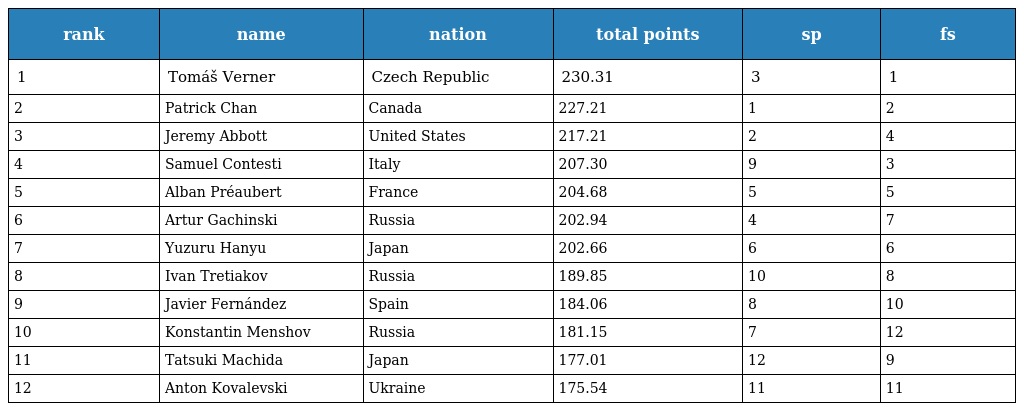
| rank | name | nation | total points | sp | fs |
 | --- | --- | --- | --- | --- | --- |
 | 1 | Tomáš Verner | Czech Republic | 230.31 | 3 | 1 |
 | 2 | Patrick Chan | Canada | 227.21 | 1 | 2 |
 | 3 | Jeremy Abbott | United States | 217.21 | 2 | 4 |
 | 4 | Samuel Contesti | Italy | 207.30 | 9 | 3 |
 | 5 | Alban Préaubert | France | 204.68 | 5 | 5 |
 | 6 | Artur Gachinski | Russia | 202.94 | 4 | 7 |
 | 7 | Yuzuru Hanyu | Japan | 202.66 | 6 | 6 |
 | 8 | Ivan Tretiakov | Russia | 189.85 | 10 | 8 |
 | 9 | Javier Fernández | Spain | 184.06 | 8 | 10 |
 | 10 | Konstantin Menshov | Russia | 181.15 | 7 | 12 |
 | 11 | Tatsuki Machida | Japan | 177.01 | 12 | 9 |
 | 12 | Anton Kovalevski | Ukraine | 175.54 | 11 | 11 |